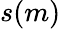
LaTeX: s(m)